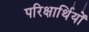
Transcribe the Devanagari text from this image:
परिक्षार्थियों